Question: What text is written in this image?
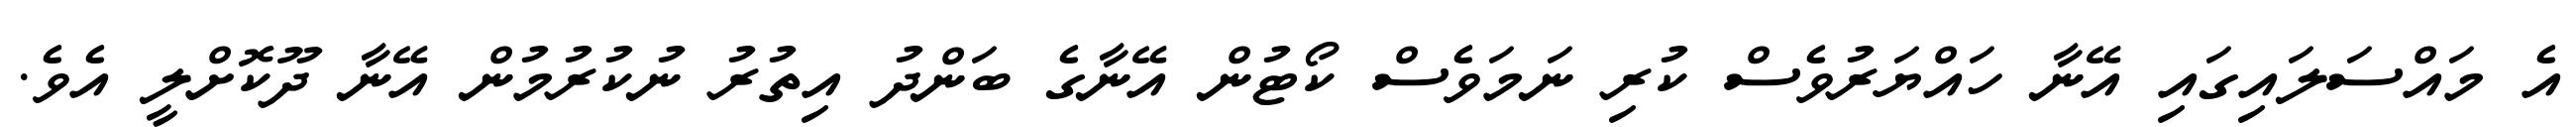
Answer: އެ މައްސަލައިގައި އޭނާ ހައްޔަރުވެސް ކުރި ނަމަވެސް ކޯޓުން އޭނާގެ ބަންދު އިތުރު ނުކުރުމުން އޭނާ ދޫކޮށްލީ އެވެ.